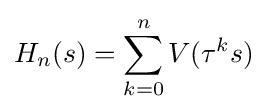
H_{n}(s)=\sum _{k=0}^{n}V(\tau ^{k}s)